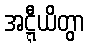
အဋ္ဋီယိတွာ